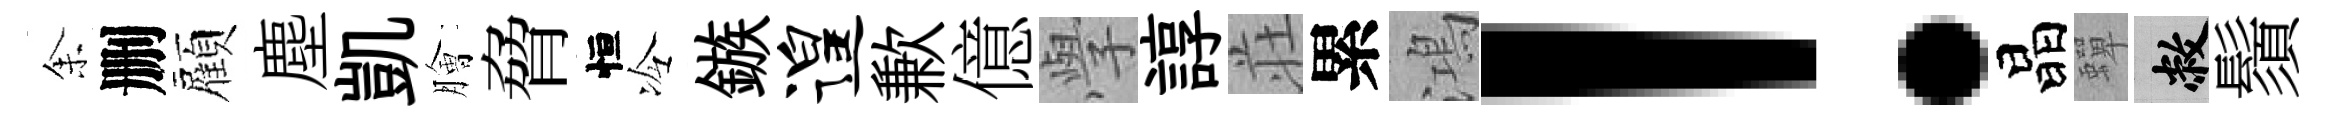
𪜬删顏塵凱膾脅恒冷鏃遑歉億𭓕諄荘累鴻！晶蟬敝鬚